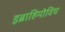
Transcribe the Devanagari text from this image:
इब्राहिमोविच